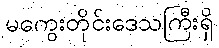
မကွေးတိုင်းဒေသကြီးရှိ